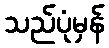
သည်ပုံမှန်